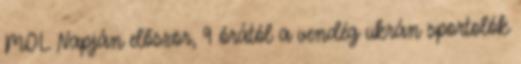
MOL Napján először, 9 órától a vendég ukrán sportolók